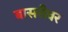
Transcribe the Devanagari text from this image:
बासरीवर